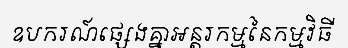
ឧបករណ៍ផ្សេងគ្នាអន្តរកម្មនៃកម្មវិធី